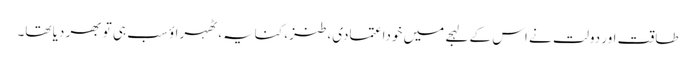
طاقت اور دولت نے اس کے لہجے میں خوداعتمادی، طنز، کنایہ، ٹھہراؤ سب ہی تو بھر دیا تھا۔